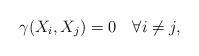
LaTeX: \begin{align*} \gamma(X_i,X_j)=0 \quad\forall i\neq j, \end{align*}